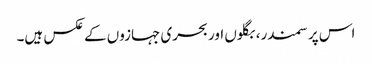
اس پر سمندر، بگلوں اور بحری جہازوں کے عکس ہیں۔